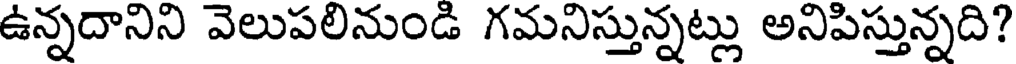
ఉన్నదానిని వెలుపలినుండి గమనిస్తున్నట్లు అనిపిస్తున్నది?